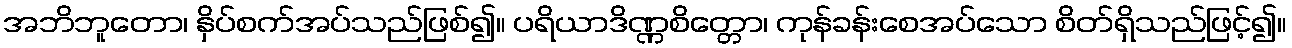
အဘိဘူတော၊ နှိပ်စက်အပ်သည်ဖြစ်၍။ ပရိယာဒိဏ္ဏစိတ္တော၊ ကုန်ခန်းစေအပ်သော စိတ်ရှိသည်ဖြင့်၍။